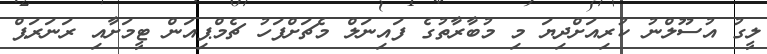
ލީގު އުސޫލްނު ކުރިއަށްދިޔަ މި މުބާރާތުގެ ފައިނަލް މެޗަށްފަހު ޗެމްޕިއަން ޓީމަށާއި ރަނަރަޕް